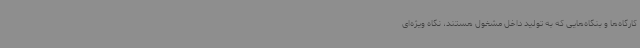
کارگاه‌ها و بنگاه‌هایی که به تولید داخل مشغول هستند، نگاه ویژه‌ای